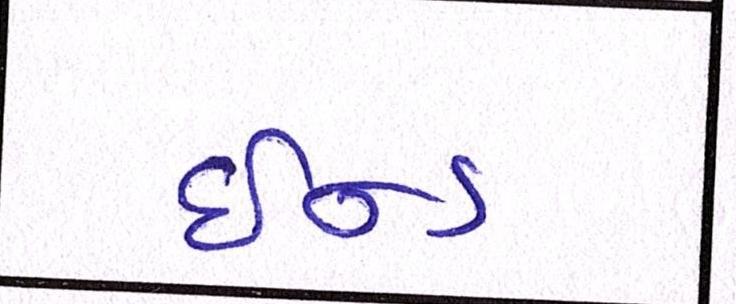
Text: ઇન્ડ